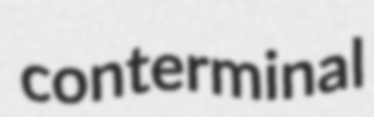
conterminal